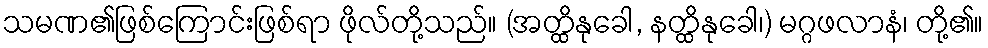
သမဏ၏ဖြစ်ကြောင်းဖြစ်ရာ ဖိုလ်တို့သည်။ (အတ္ထိနုခေါ, နတ္ထိနုခေါ၊) မဂ္ဂဖလာနံ၊ တို့၏။